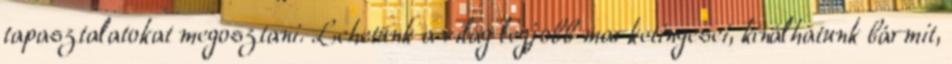
tapasztalatokat megosztani. Lehetünk a világ legjobb marketingesei, kínálhatunk bármit,